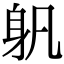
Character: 𨈔